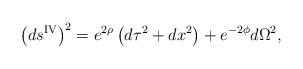
LaTeX: \begin{align*}\left( ds^{{\rm IV}} \right)^2 = e^{2\rho} \left( d\tau^2 + d x^2 \right) + e^{-2\phi} d\Omega^2,\end{align*}